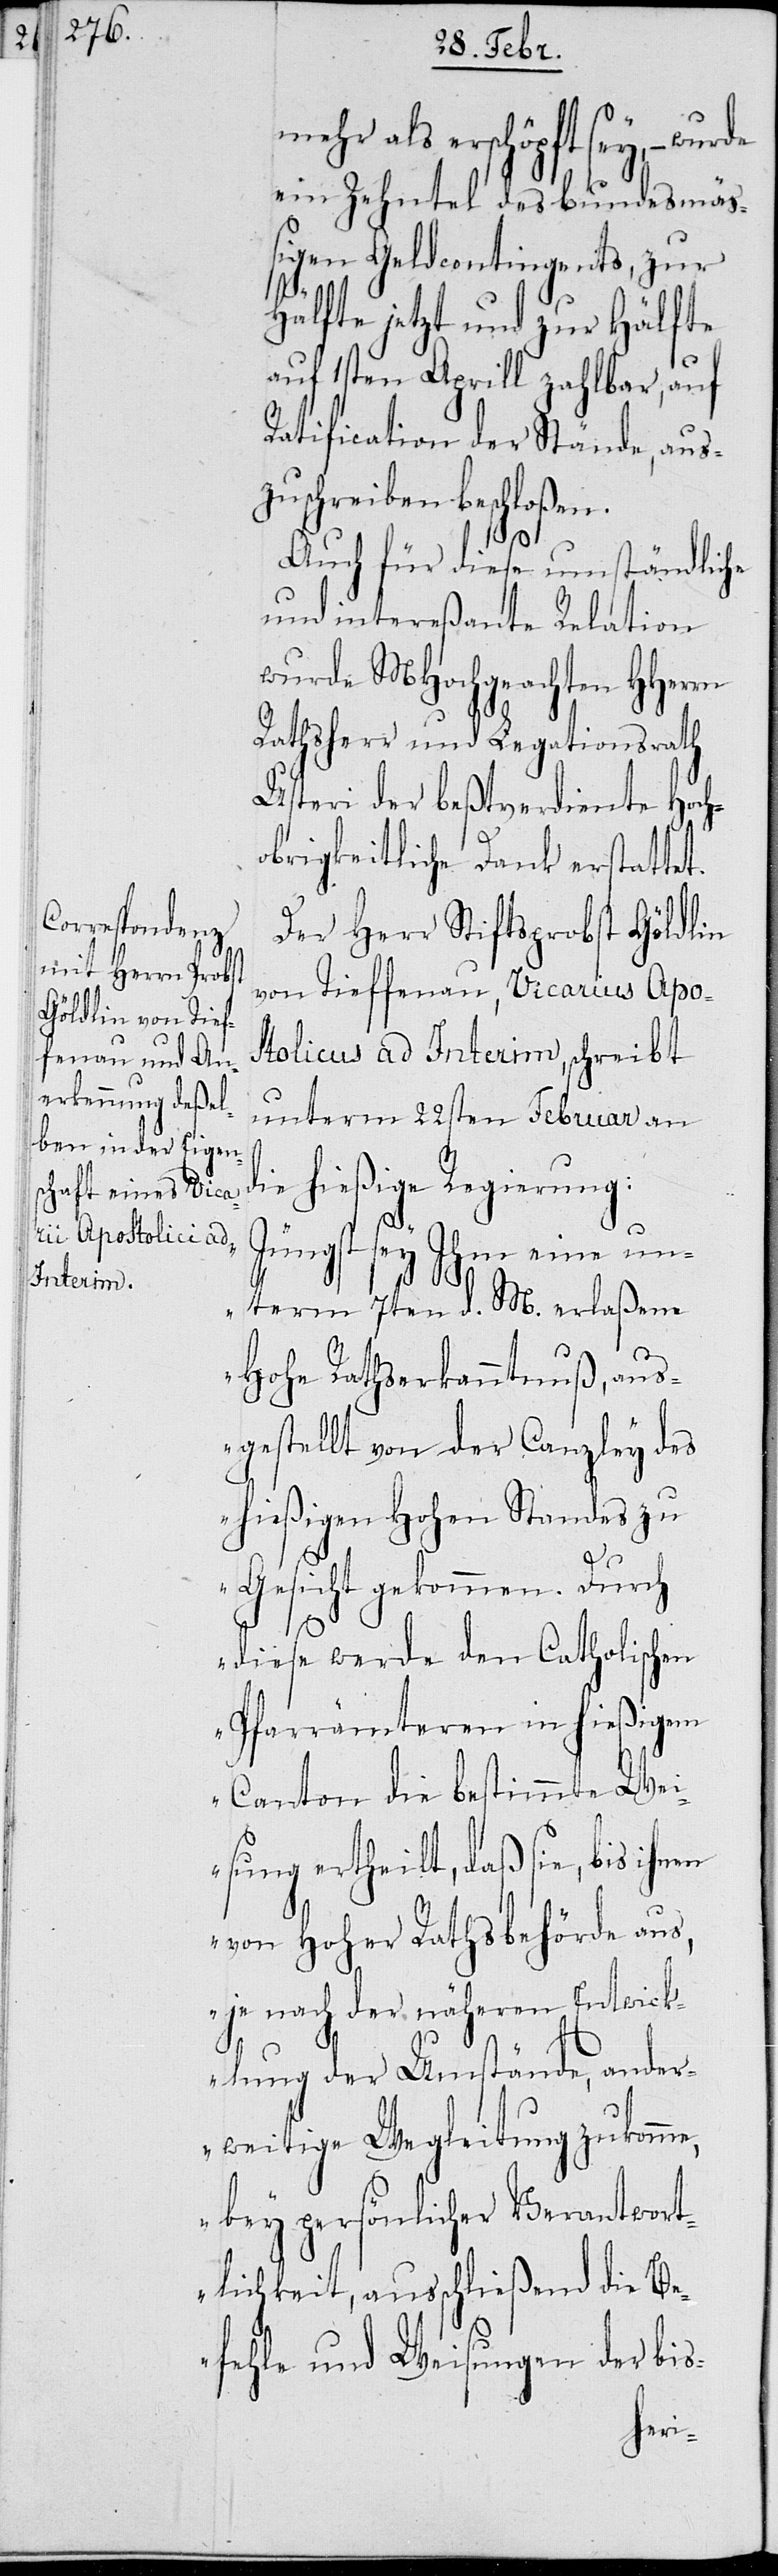
als erschöpft sey, –
ein Zehntel des bundesmä¬
ßigen Geldcontingents, zur
Hälfte jetzt und zur Hälfte
auf 1sten Aprill zahlbar, auf
Ratification der Stände, aus¬
zuschreiben beschloßen.
Auch für diese umständliche
und intereßante Relation
wurde MHochgeachten HHerrn
Rathsherr und Legationsrath
Usteri der beßtverdiente Hoch¬
obrigkeitliche Dank erstattet.
Der Herr Stiftsprobst Göldlin
von Tieffenau, Vicarius Apo¬
stolicus ad Interim, schreibt
unterm 22sten Februar an
die hießige Regierung:
„Jüngst sey Ihm eine un¬
term 7ten d. M. erlaßene
Hohe Rathserkanntnuß, aus¬
gestellt von der Canzley des
hießigen Hohen Standes zu
Gesicht gekommen. Durch
diese wurde den Catholischen
Pfarrämteren in hießigem
Canton die bestimmte We¬
isung ertheilt, daß sie, bis ihnen
von Hoher Rathsbehörde aus,
je nach der näheren Entwick¬
lung der Umstände, ander¬
weitige Wegleitung zukomm¬
e, bey persönlicher Verantwort¬
lichkeit, ausschließend die Be¬
fehle und Weisungen der bis-